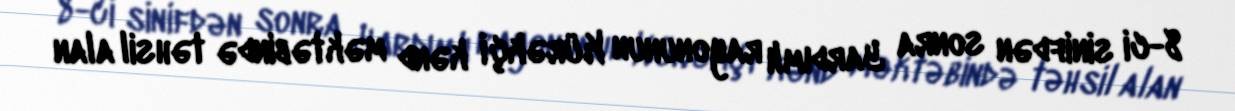
8-ci sinifdən sonra Yardımlı rayonunun Kürəkçi kənd məktəbində təhsil alan